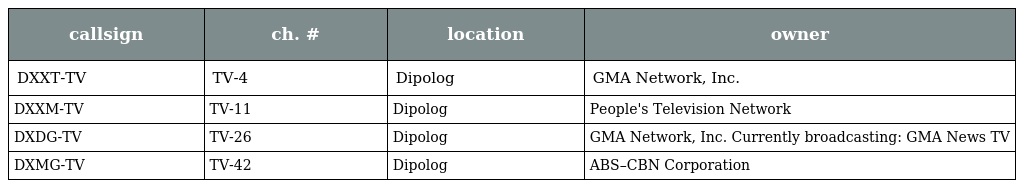
| callsign | ch. # | location | owner |
 | --- | --- | --- | --- |
 | DXXT-TV | TV-4 | Dipolog | GMA Network, Inc. |
 | DXXM-TV | TV-11 | Dipolog | People's Television Network |
 | DXDG-TV | TV-26 | Dipolog | GMA Network, Inc. Currently broadcasting: GMA News TV |
 | DXMG-TV | TV-42 | Dipolog | ABS–CBN Corporation |